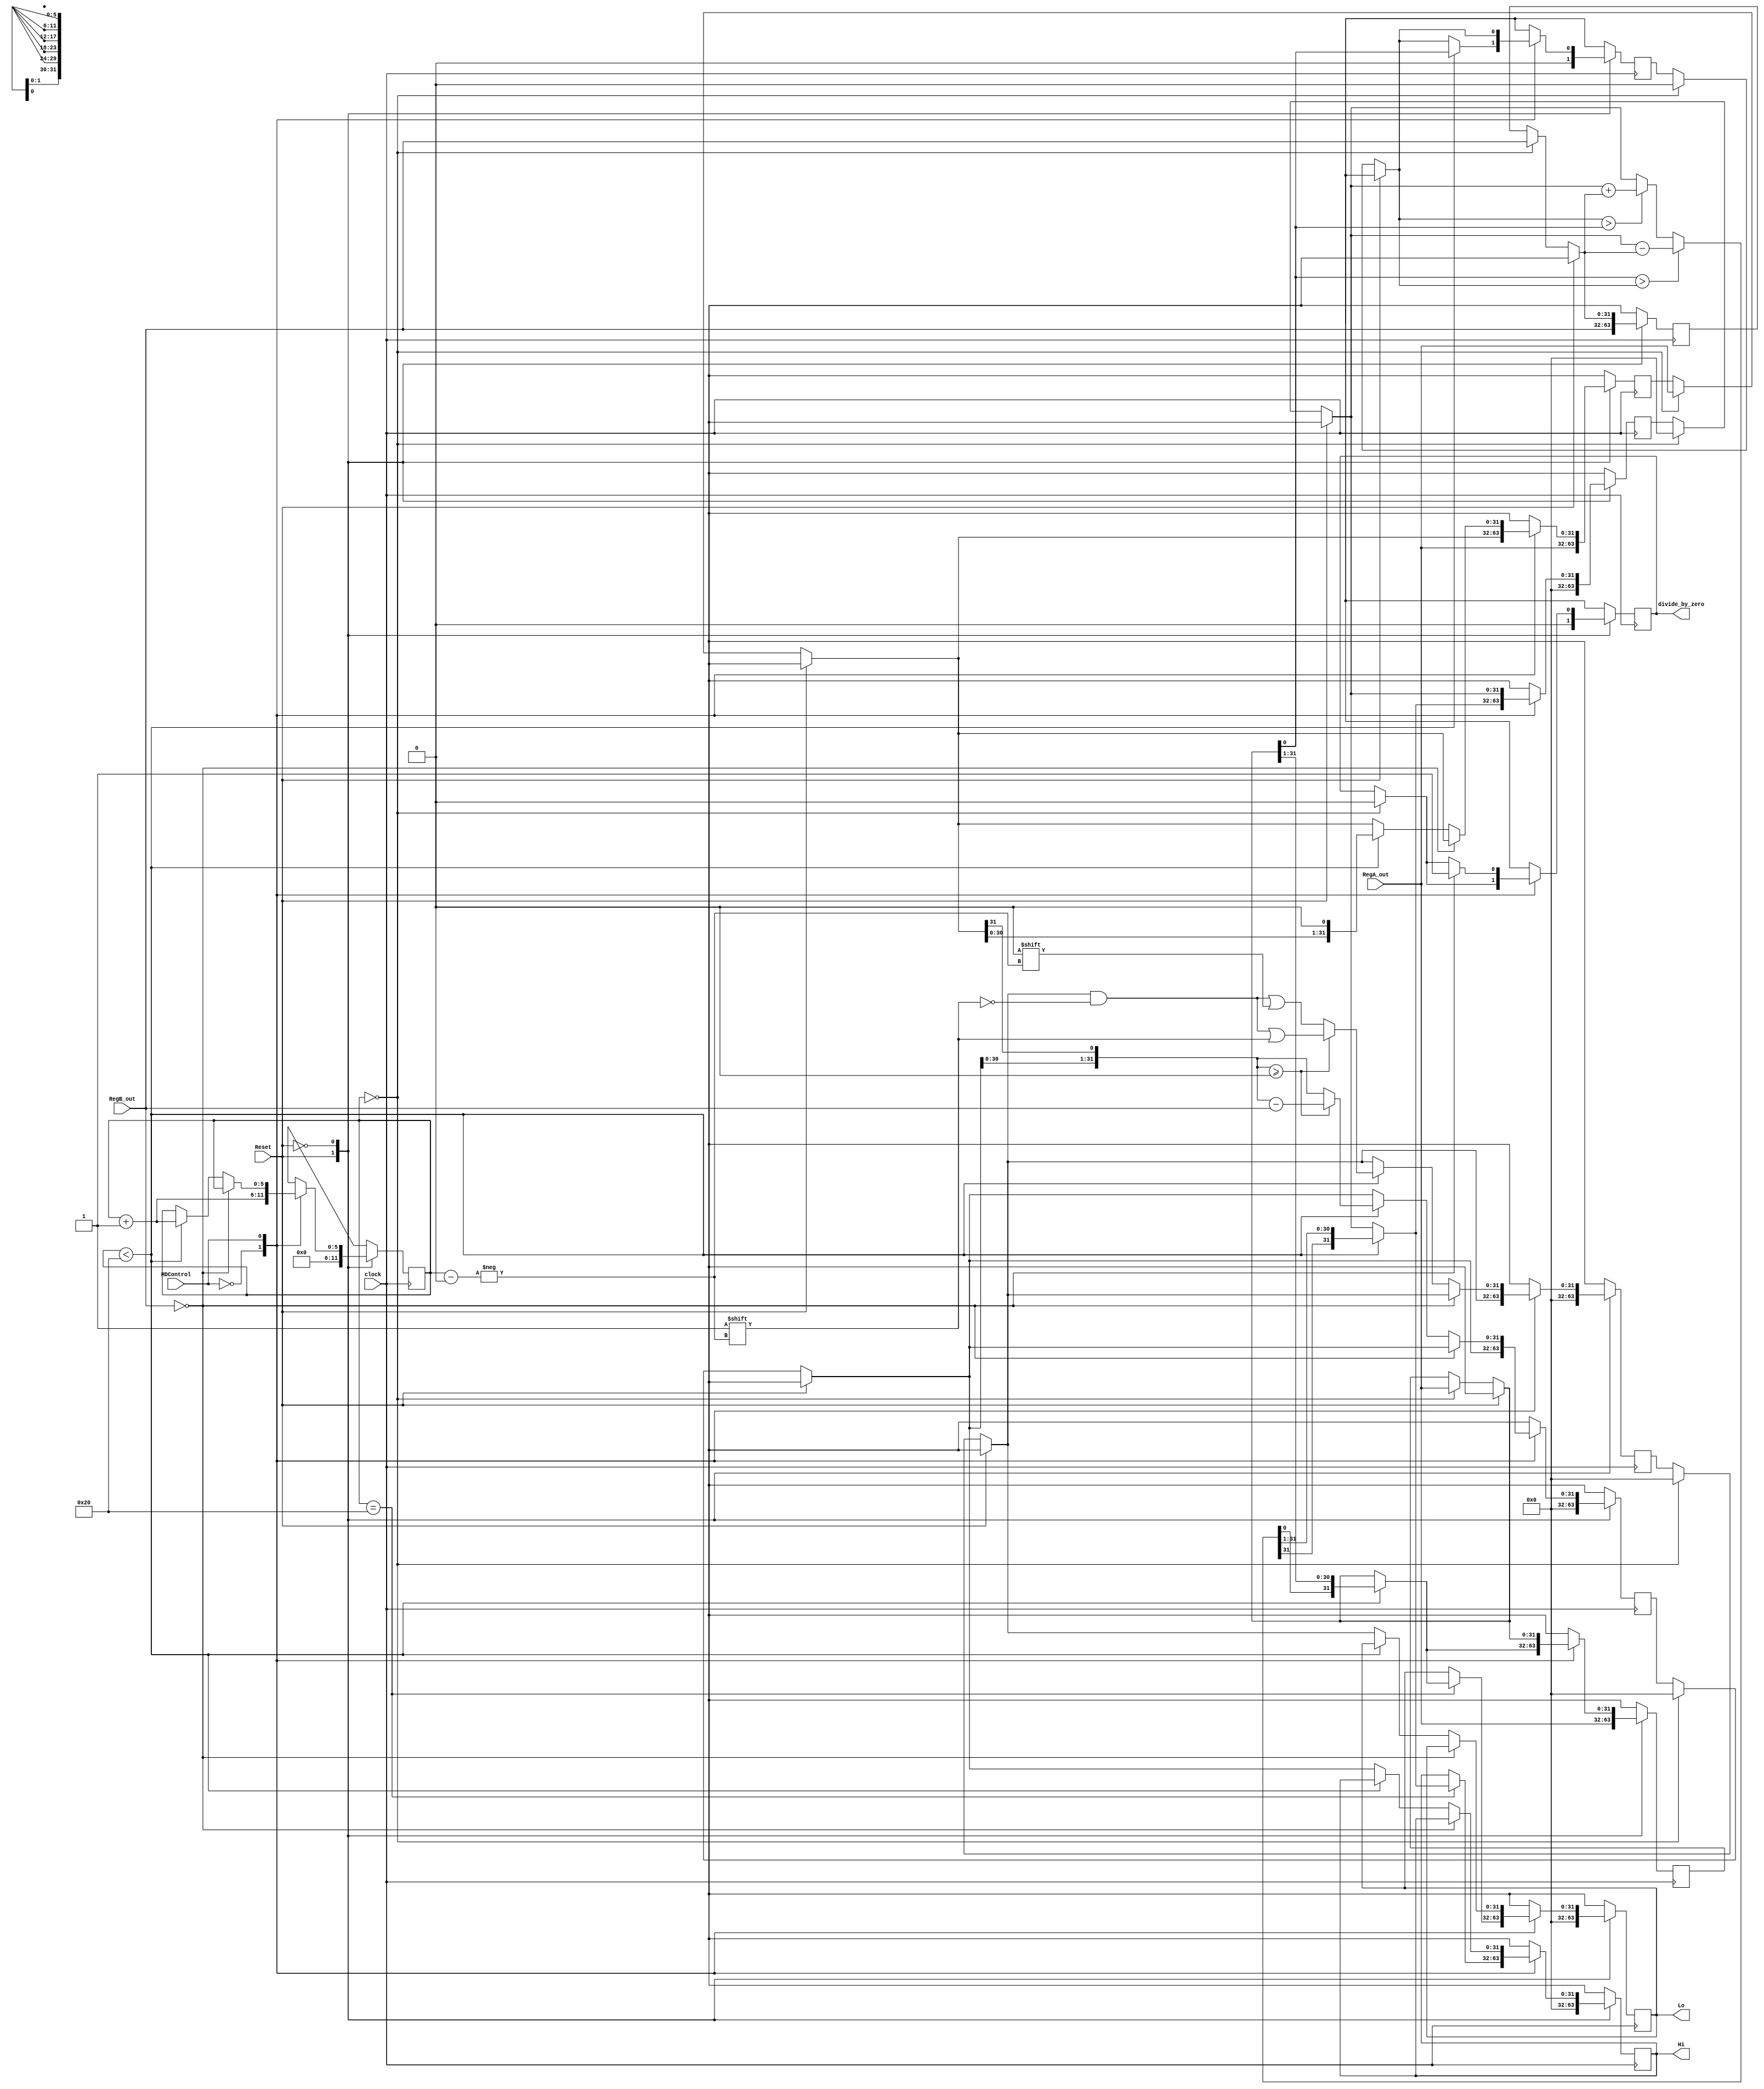
module  multidivBasicVersion(
    input wire MDControl,
    input wire Reset,
    input wire clock,
    input wire [31:0] RegA_out,
    input wire [31:0] RegB_out,
    output reg [31:0] Hi,
    output reg [31:0] Lo,
    output reg divide_by_zero
);
   
    reg [31:0] A_int;
    reg [31:0] Q_int;
    reg Q1_int;
    reg Q_last_bit;
    reg aux_int;
    reg [31:0] M_int;
    reg [31:0] Quo_int;
    reg [31:0] Rest_int;
    reg [31:0] Temp_int;
    reg [5:0] contador_Mult_Div;

    initial begin
        contador_Mult_Div = 6'b000000;
    end

    always @(posedge clock) begin
        case(Reset)
            1'b1: begin
                Hi <= 32'b0;
                Lo <= 32'b0;
                contador_Mult_Div = 6'b000000;
                A_int = 0;
                Q_int = RegA_out;
                Q1_int = 0;
                M_int = RegB_out;
                divide_by_zero = 0;
                Quo_int = 0;
                Rest_int = 0;
                Temp_int = RegA_out;
            end
            1'b0: begin
                if (contador_Mult_Div == 6'b000000) begin
                    A_int = 0;
                    Q_int = RegA_out;
                    Q1_int = 0;
                    M_int = RegB_out;
                    divide_by_zero = 0;
                    Quo_int = 0;
                    Rest_int = 0;
                    Temp_int = RegA_out;
                end
                case(MDControl)
                    1'b0: begin //multiplicao
                        if (contador_Mult_Div < 32) begin
                            Q_last_bit = Q_int[0];
                            if (Q_last_bit > Q1_int) begin
                                A_int = A_int - M_int;
                            end
                            else if (Q1_int >  Q_last_bit) begin
                                A_int = A_int + M_int;
                            end
                            Q1_int = Q_last_bit;
                            aux_int = A_int[0];
                            A_int = {A_int[31], A_int[31], A_int[30:1]};
                            Q_int = {aux_int, Q_int[31:1]};
                        end
                        if (contador_Mult_Div == 32) begin
                            Hi = A_int;
                            Lo = Q_int;
                        end
                        contador_Mult_Div = contador_Mult_Div + 1;
                    end
                    1'b1: begin //divisao
                        if (RegB_out == 0) begin
                            divide_by_zero = 1'b1;
                        end
                        else begin
                            if (contador_Mult_Div < 32) begin
                                Rest_int = Rest_int << 1;
                                Rest_int[0] = Temp_int[31];
                                Temp_int = Temp_int << 1;
                                if (Rest_int >= 0) begin
                                    Rest_int = Rest_int - RegB_out;
                                    Quo_int[contador_Mult_Div] = 1;
                                end
                                else begin
                                    Quo_int[contador_Mult_Div] = 0;
                                end
                                contador_Mult_Div = contador_Mult_Div + 1;
                            end
                            else begin
                                Hi = Rest_int;
                                Lo = Quo_int;
                            end
                        end
                    end
                endcase
            end
        endcase
    end
endmodule